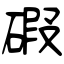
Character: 碬